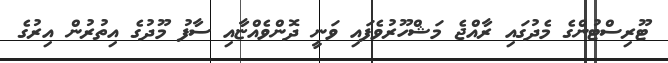
ޓޫރިސްޓުންގެ މެދުގައި ރާއްޖެ މަޝްހޫރުވެފައި ވަނީ ދޮންވެއްޏާއި ސާފު މޫދުގެ އިތުރުން އިރުގެ